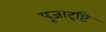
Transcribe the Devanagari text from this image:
पूजादृष्टि